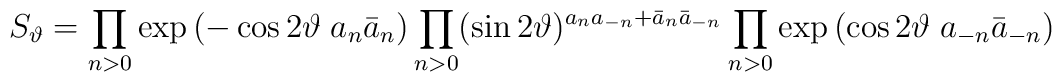
S_\vartheta = \prod_{n>0} \exp\left(-\cos 2\vartheta\; a_n \bar a_n\right)\prod_{n>0} (\sin 2 \vartheta)^{a_na_{-n} + \bar a_n \bar a_{-n}}\prod_{n>0} \exp \left(\cos 2\vartheta\; a_{-n} \bar a_{-n}\right)